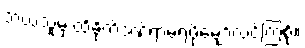
ဘယ်သူမှ ထိခိုက်ဒဏ်ရာမရဖို့မျှော်လင့်ကြစို့။